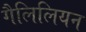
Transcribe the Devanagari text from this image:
गैलिलियन